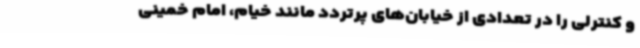
و کنترلی را در تعدادی از خیابان‌های پرتردد مانند خیام، امام خمینی